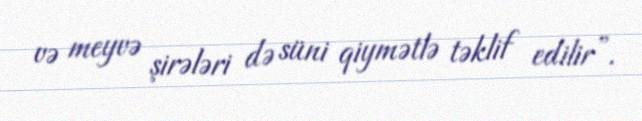
və meyvə şirələri də süni qiymətlə təklif edilir”.